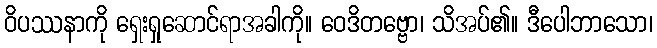
ဝိပဿနာကို ရှေးရှုဆောင်ရာအခါကို။ ဝေဒိတဗ္ဗော၊ သိအပ်၏။ ဒီပေါဘာသော၊